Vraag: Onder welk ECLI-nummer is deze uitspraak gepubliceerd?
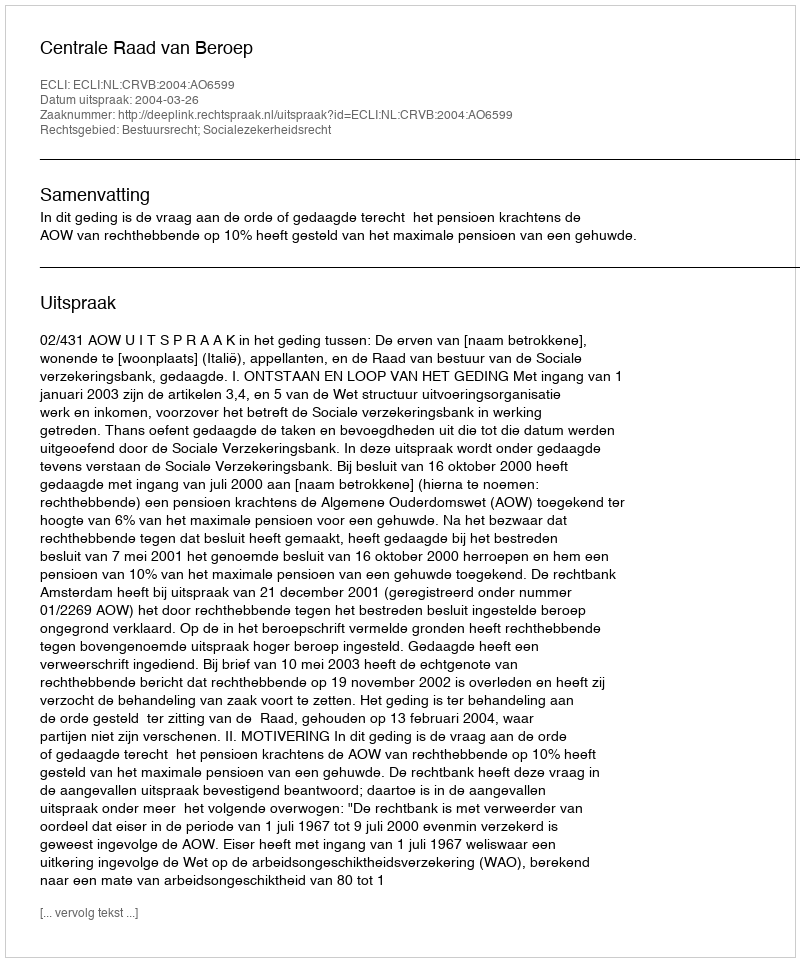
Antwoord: ECLI:NL:CRVB:2004:AO6599